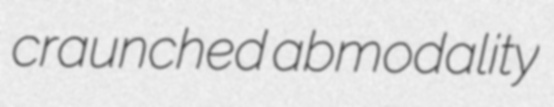
craunched abmodality